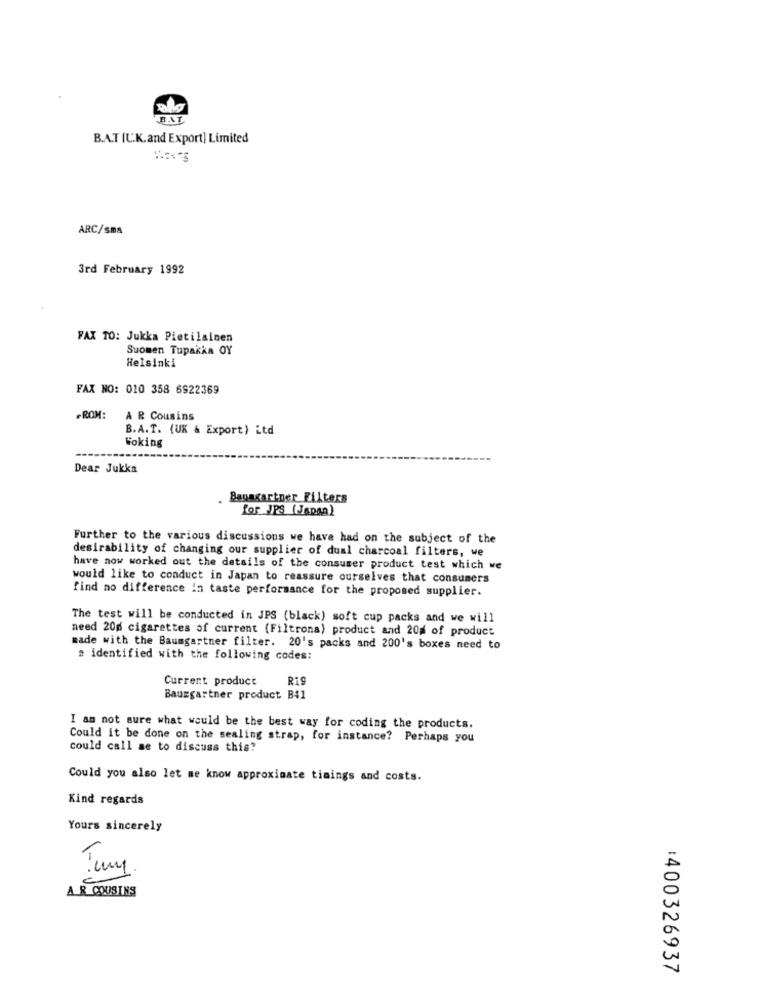
BAT
B.A.T [U.K.and Export] Limited
ARC/sma
3rd February 1992
FAX TO: Jukka Pietilainen
Suomen Tupakka OY
Helsinki
FAX NO: 010 358 6922369
FROM:
A R Cousins
B.A.T. (UK & Export) itd
Woking
Dear Jukka
Baumgartner Filters
for JPS (Japan)
Further to the various discussions we have had on the subject of the
desirability of changing our supplier of dual charcoal filters, we
have now worked out the details of the consumer product test which we
would like to conduct in Japan to reassure ourselves that consumers
find no difference in taste performance for the proposed supplier.
The test will be conducted in JPS (black) soft cup packs and we will
need 200 cigarettes of current (Filtrona) product and 20% of product
made with the Baumgartner filter. 20's packs and 200's boxes need to
# identified with the following codes:
Current product
R19
Baumgartner product B41
I am not sure what would be the best way for coding the products.
Could it be done on the sealing strap, for instance? Perhaps you
could call se to discuss this?
Could you also let me know approximate timings and costs.
Kind regards
Yours sincerely
c
Tury
A_R COUSINS
:400326937